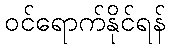
ဝင်ရောက်နိုင်ရန်